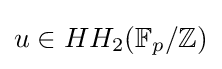
u\in HH_{2}(\mathbb {F} _{p}/\mathbb {Z} )